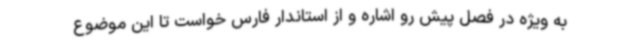
به ویژه در فصل پیش رو اشاره و از استاندار فارس خواست تا این موضوع